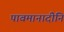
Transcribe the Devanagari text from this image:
पावमानादीनि